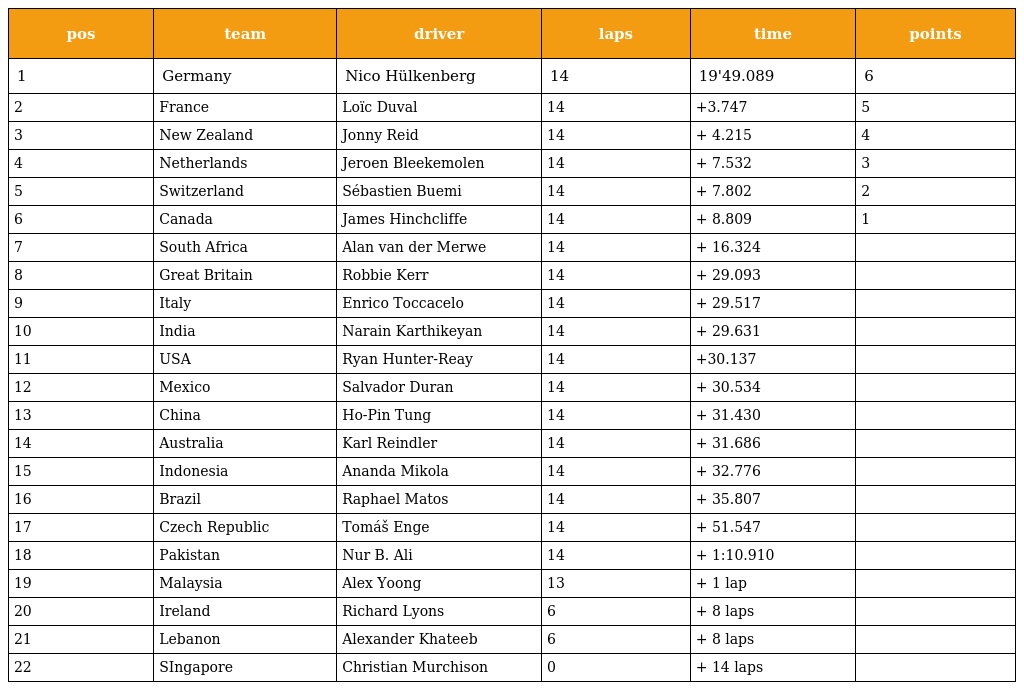
| pos | team | driver | laps | time | points |
 | --- | --- | --- | --- | --- | --- |
 | 1 | Germany | Nico Hülkenberg | 14 | 19'49.089 | 6 |
 | 2 | France | Loïc Duval | 14 | +3.747 | 5 |
 | 3 | New Zealand | Jonny Reid | 14 | + 4.215 | 4 |
 | 4 | Netherlands | Jeroen Bleekemolen | 14 | + 7.532 | 3 |
 | 5 | Switzerland | Sébastien Buemi | 14 | + 7.802 | 2 |
 | 6 | Canada | James Hinchcliffe | 14 | + 8.809 | 1 |
 | 7 | South Africa | Alan van der Merwe | 14 | + 16.324 |  |
 | 8 | Great Britain | Robbie Kerr | 14 | + 29.093 |  |
 | 9 | Italy | Enrico Toccacelo | 14 | + 29.517 |  |
 | 10 | India | Narain Karthikeyan | 14 | + 29.631 |  |
 | 11 | USA | Ryan Hunter-Reay | 14 | +30.137 |  |
 | 12 | Mexico | Salvador Duran | 14 | + 30.534 |  |
 | 13 | China | Ho-Pin Tung | 14 | + 31.430 |  |
 | 14 | Australia | Karl Reindler | 14 | + 31.686 |  |
 | 15 | Indonesia | Ananda Mikola | 14 | + 32.776 |  |
 | 16 | Brazil | Raphael Matos | 14 | + 35.807 |  |
 | 17 | Czech Republic | Tomáš Enge | 14 | + 51.547 |  |
 | 18 | Pakistan | Nur B. Ali | 14 | + 1:10.910 |  |
 | 19 | Malaysia | Alex Yoong | 13 | + 1 lap |  |
 | 20 | Ireland | Richard Lyons | 6 | + 8 laps |  |
 | 21 | Lebanon | Alexander Khateeb | 6 | + 8 laps |  |
 | 22 | SIngapore | Christian Murchison | 0 | + 14 laps |  |